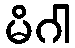
မိဂါ